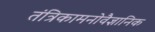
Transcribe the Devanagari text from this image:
तंत्रिकामनोवैज्ञानिक